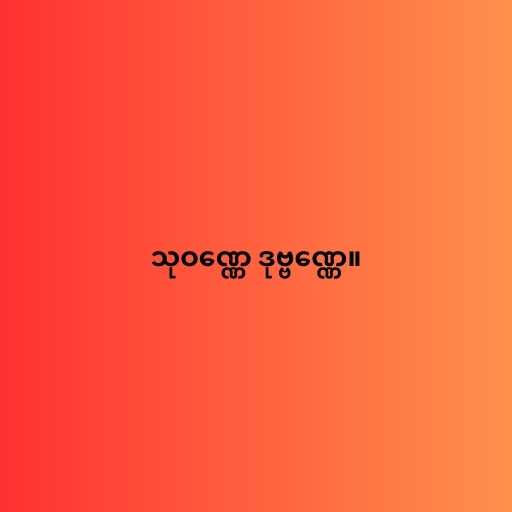
သုဝဏ္ဏေ ဒုဗ္ဗဏ္ဏေ။